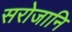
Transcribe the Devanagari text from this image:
सरोजानि